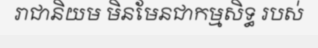
រាជានិយម មិនមែនជាកម្មសិទ្ធ របស់